Vaccination North-Western Provinces 1866-1877 - 1866-1877
Year: 1866
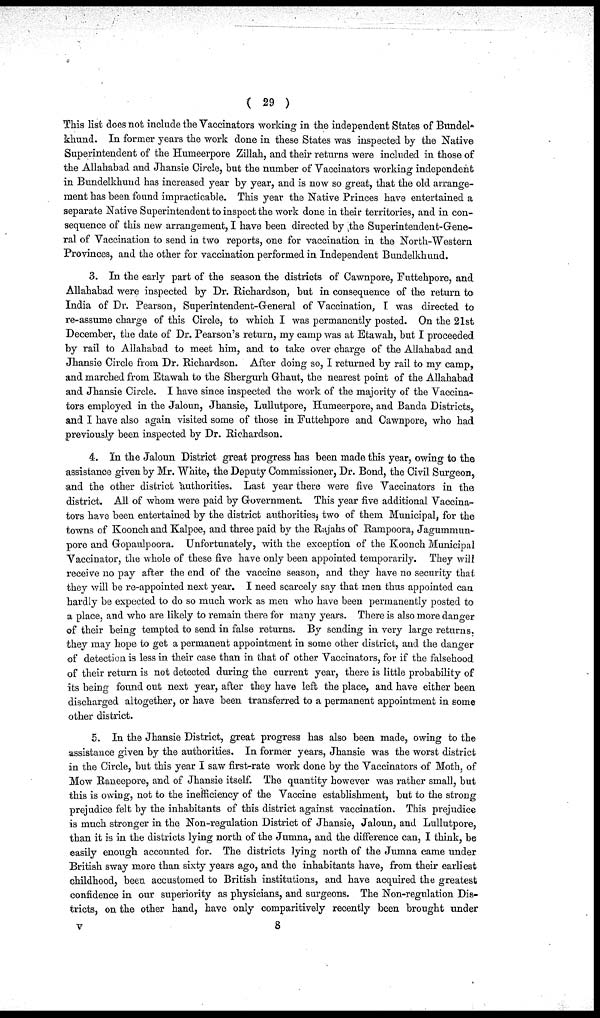
( 29 )
This list does not include the Vaccinators working in the independent States of Bundel¬
khund. In former years the work done in these States was inspected by the Native
Superintendent of the Humeerpore Zillah, and their returns were included in those of
the Allahabad and Jhansie Circle, but the number of Vaccinators working independent
in Bundelkhund has increased year by year, and is now so great, that the old arrange-
ment has been found impracticable. This year the Native Princes have entertained a
separate Native Superintendent to inspect the work done in their territories, and in con-
sequence of this new arrangement, I have been directed by the Superintendent-Gene-
ral of Vaccination to send in two reports, one for vaccination in the North-Western
Provinces, and the other for vaccination performed in Independent Bundelkhund.
3. In the early part of the season the districts of Cawnpore, Futtehpore, and
Allahabad were inspected by Dr. Richardson, but in consequence of the return to
India of Dr. Pearson, Superintendent-General of Vaccination, I was directed to
re-assume charge of this Circle, to which I was permanently posted. On the 21st
December, the date of Dr. Pearson's return, my camp was at Etawah, but I proceeded
by rail to Allahabad to meet him, and to take over charge of the Allahabad and
Jhansie Circle from Dr. Richardson. After doing so, I returned by rail to my camp,
and marched from Etawah to the Shergurh Ghaut, the nearest point of the Allahabad
and Jhansie Circle. I have since inspected the work of the majority of the Vaccina-
tors employed in the Jaloun, Jhansie, Lullutpore, Humeerpore, and Banda Districts,
and I have also again visited some of those in Futtehpore and Cawnpore, who had
previously been inspected by Dr. Richardson.
4. In the Jaloun District great progress has been made this year, owing to the
assistance given by Mr. White, the Deputy Commissioner, Dr. Bond, the Civil Surgeon,
and the other district authorities. Last year there were five Vaccinators in the
district. All of whom were paid by Government. This year five additional Vaccina-
tors have been entertained by the district authorities, two of them Municipal, for the
towns of Koonch and Kalpee, and three paid by the Rajahs of Rampoora, Jagummun¬
pore and Gopaulpoora. Unfortunately, with the exception of the Koonch Municipal
Vaccinator, the whole of these five have only been appointed temporarily. They will
receive no pay after the end of the vaccine season, and they have no security that
they will be re-appointed next year. I need scarcely say that men thus appointed can
hardly be expected to do so much work as men who have been permanently posted to
a place, and who are likely to remain there for many years. There is also more danger
of their being tempted to send in false returns. By sending in very large returns,
they may hope to get a permanent appointment in some other district, and the danger
of detection is less in their case than in that of other Vaccinators, for if the falsehood
of their return is not detected during the current year, there is little probability of
its being found out next year, after they have left the place, and have either been
discharged altogether, or have been transferred to a permanent appointment in some
other district.
5. In the Jhansie District, great progress has also been made, owing to the
assistance given by the authorities. In former years, Jhansie was the worst district
in the Circle, but this year I saw first-rate work done by the Vaccinators of Moth, of
Mow Raneepore, and of Jhansie itself. The quantity however was rather small, but
this is owing, not to the inefficiency of the Vaccine establishment, but to the strong
prejudice felt by the inhabitants of this district against vaccination. This prejudice
is much stronger in the Non-regulation District of Jhansie, Jaloun, and Lullutpore,
than it is in the districts lying north of the Jumna, and the difference can, I think, be
easily enough accounted for. The districts lying north of the Jumna came under
British sway more than sixty years ago, and the inhabitants have, from their earliest
childhood, been accustomed to British institutions, and have acquired the greatest
confidence in our superiority as physicians, and surgeons. The Non-regulation Dis-
tricts, on the other hand, have only comparitively recently been brought under
v
8